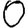
Digit: 0